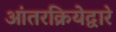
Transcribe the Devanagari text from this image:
आंतरक्रियेद्वारे